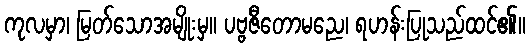
ကုလမှာ၊ မြတ်သောအမျိုးမှ။ ပဗ္ဗဇီတောမညေ၊ ရဟန်းပြုသည်ထင်၏။